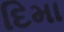
દિમા